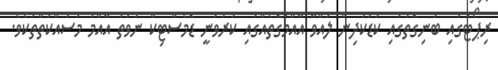
ރިޕޯޓުގައި ބުނިގޮތުގައި ކުޑަކުދިން ލައްވާ އާއްމުގޮތެއްގައި ކުރުވަނީ ޑޮމެސްޓިކް ނުވަތަ އާއްމު މަސައްކަތްތަކެވެ.